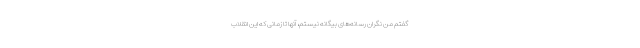
گفتم من نگران رسانه‌های بیگانه نیستم، آنها تا زمانی که این انقلاب